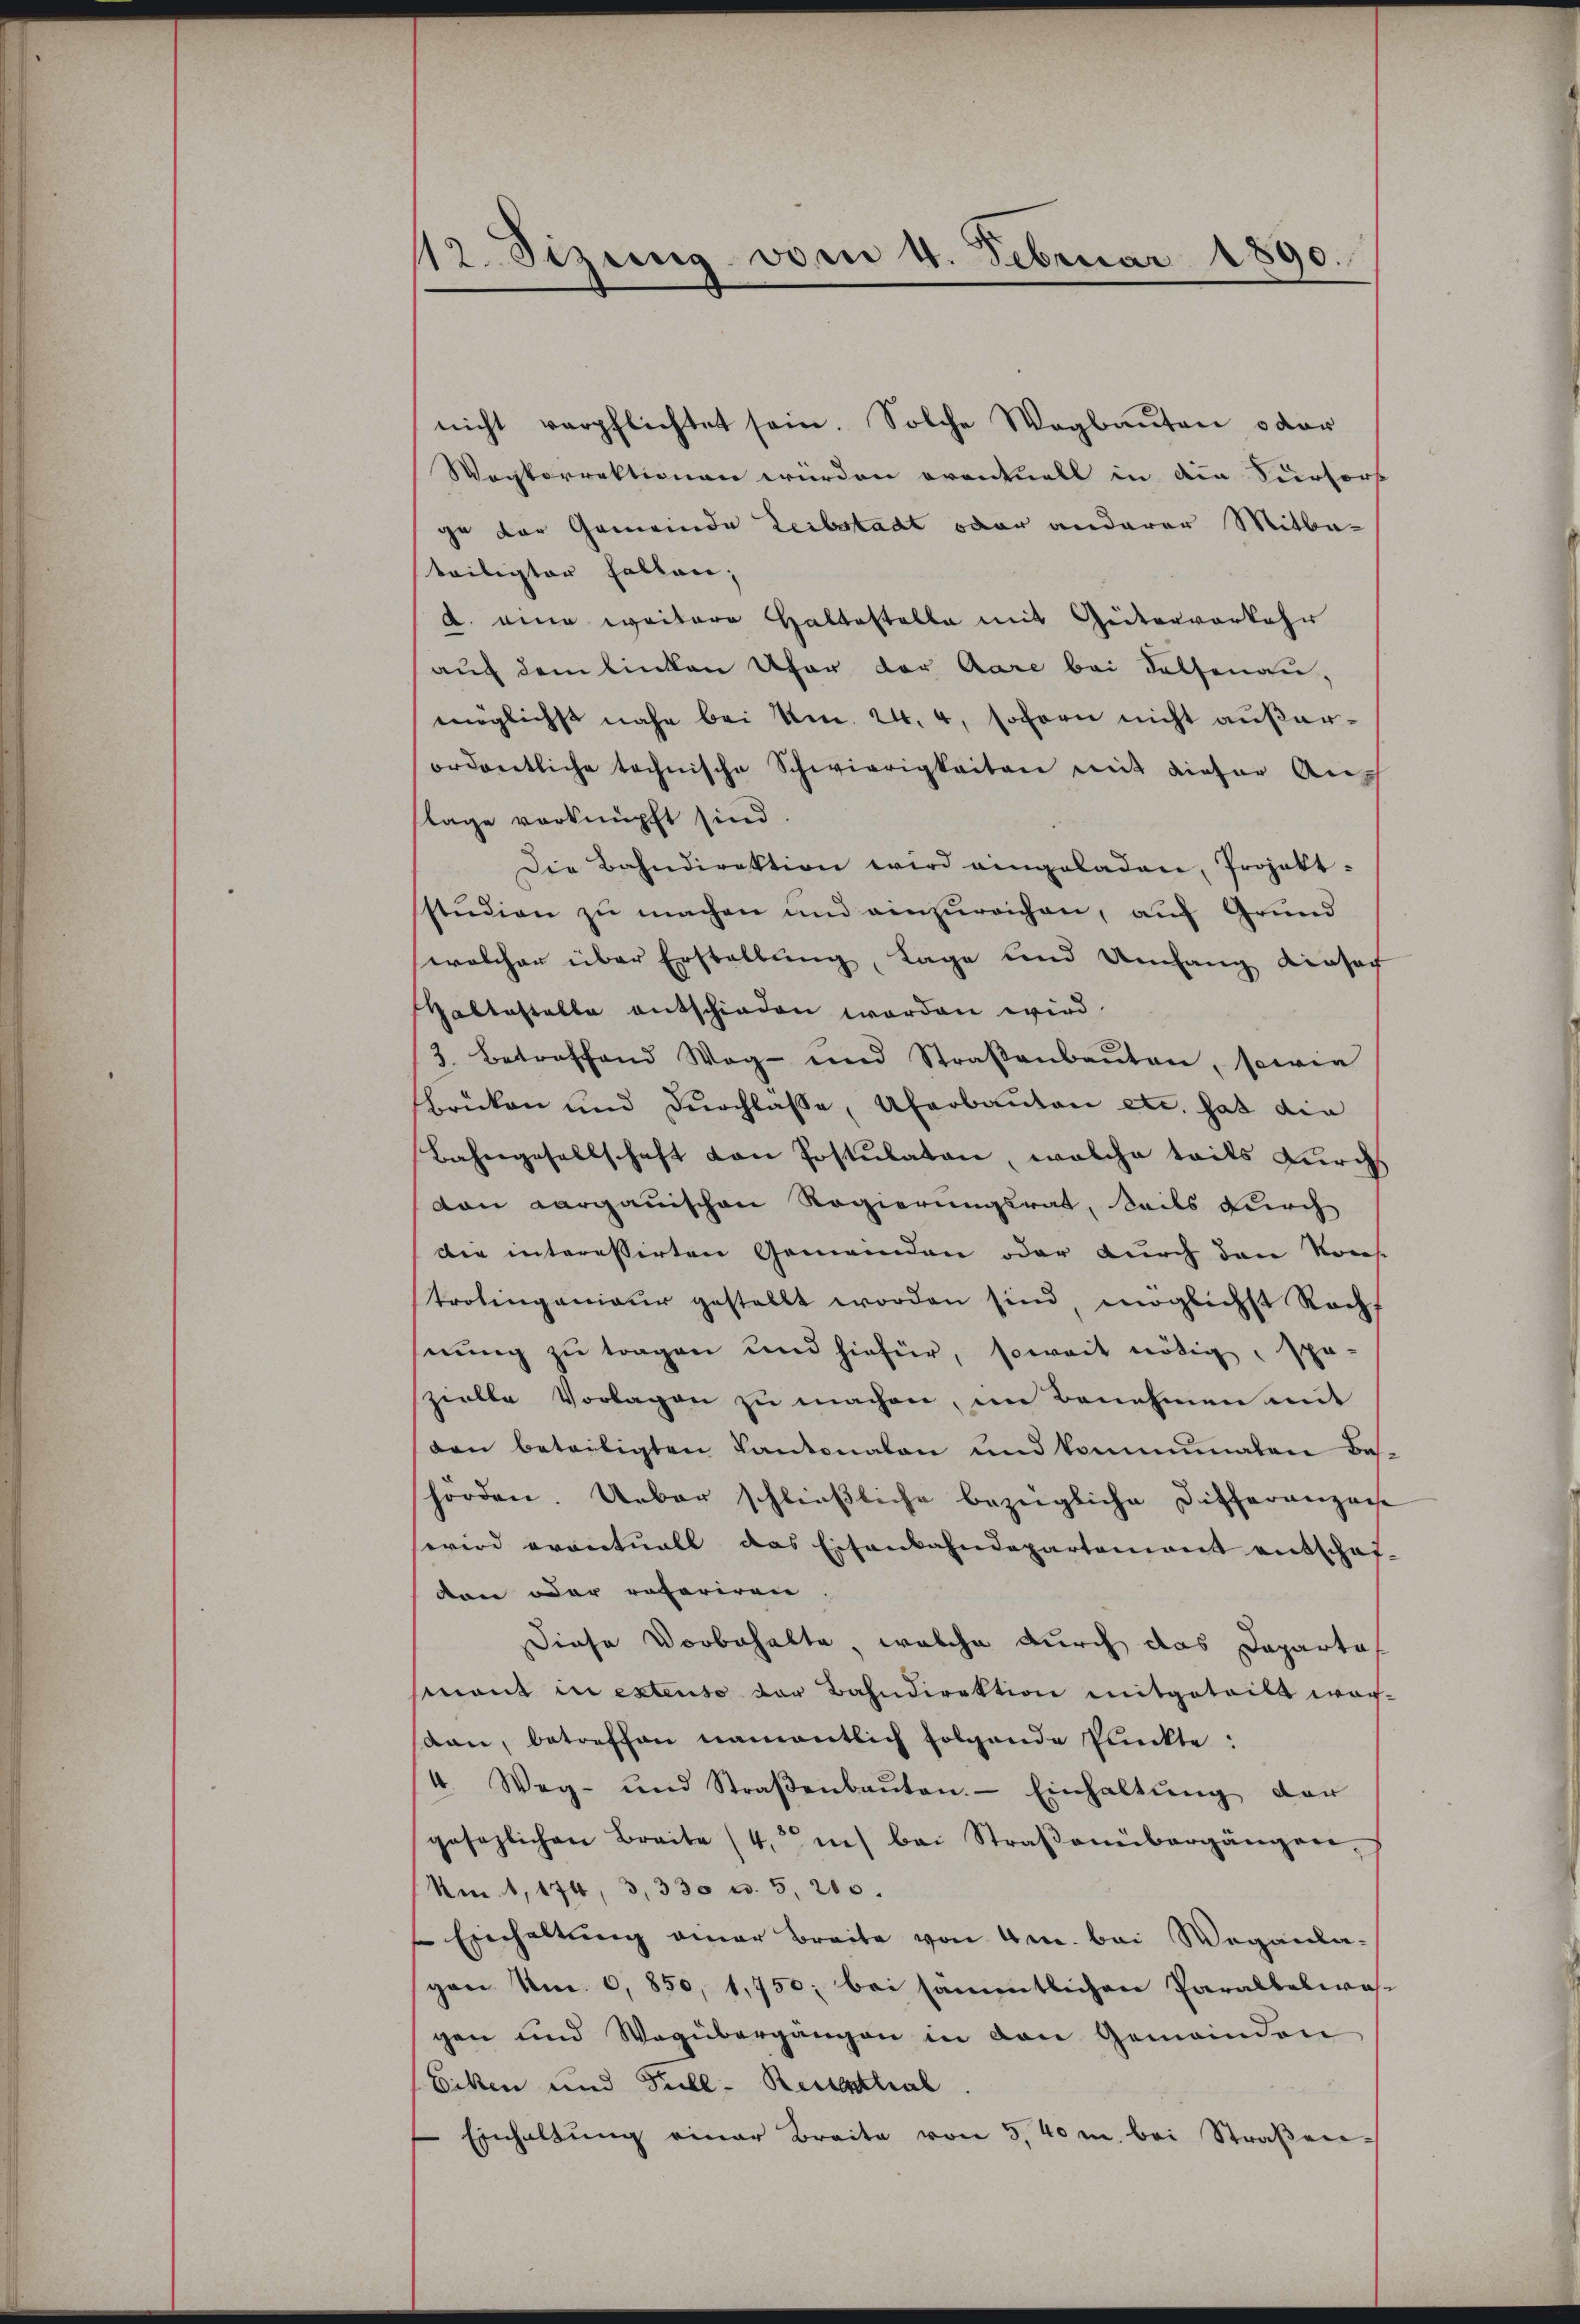
12. Sizung von 4. Februar 1890.

nicht verpflichtet sein. Solche Wegbauten oder
Wogkorrektionen würden eventuell in die Verforst
ge der Gemeinde Leibstadt oder anderer Mitbe-
teiligter fallen;
d. eine weitere Haltestelle mit Giiterverkehr
auf dem linken Ufer der Aare bei Salsenau,
möglichst nahe bei Am. 24. 4, sofern nicht außerordentliche technische Schwierigkeiten mit dieser Aush
flage verknüpft sind.
Die Bahndirektion wird eingeladen, Projekt-
sstudien zu machen und einzureichen, auf Grund
welcher über Erstellung, Lage und Umfang einsach
Pallastelle entschieden worden wird.
3. betreffend Weg- und Straβenbaŭten, sowie
brücken und Dŭrchlasse, Uferbauten etc. hat die
Bahngesellschaft von Postulaten, welche tails Furchs
von Aargauischen Regierungsrat, Seils durch
die interessirten Gemeinden oder durch den Kons
trolingenieur gestellt worden sind möglichst Rach-
nung zu tragen und hiefür, soweit nötig, spr
szielle Vorlagen zu machen, im Benehmen mit
den beteiligten Cantonalen und kommunalen Bas-
hörden. Ueber schließliche bezügliche Differanzose
wird erontuall das Eisenbahndepartement entschaf-
den oder referiren
Diese Vorbehalte, welche durch das Daparta
mant in extenso der Bahndirektion mitgeteilt wor-
dan, betreffen namentlich folgende Punkte:
4. Weg- und Straβenbaŭten. Einhaltŭng der
gesezlichen Breite (4. i bei Straβenübergängen,
Am. 1, 174, 3, 330 u. 5, 200.
Einhaltŭng einer Breite von 4m. bei Wegenla-
gen Um. 6, 850, 1,750; bei sämmtlichen Paralbelwos-
gen und Wegübergängen in den Gemeinden
Eiken und Full-Recestal
Einhaltŭng einer Breite von 5.40 m bei Straβen-